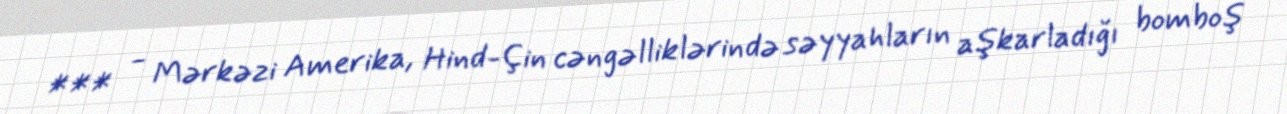
*** - Mərkəzi Amerika, Hind-Çin cəngəlliklərində səyyahların aşkarladığı bomboş